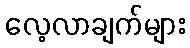
လေ့လာချက်များ